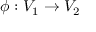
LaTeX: \phi : V _ { 1 } \rightarrow V _ { 2 }